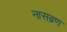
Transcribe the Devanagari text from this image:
नासब्रण